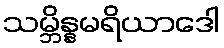
သမ္ဘိန္နမရိယာဒေါ